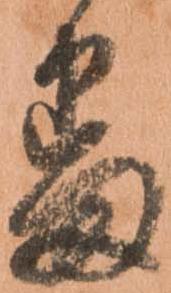
番